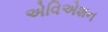
એવિએશન